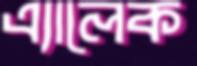
এ্যালেক